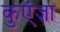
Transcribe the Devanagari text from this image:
कुएंज़ा